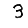
Digit: 3